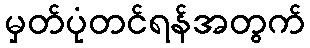
မှတ်ပုံတင်ရန်အတွက်